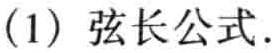
(1) 弦长公式.